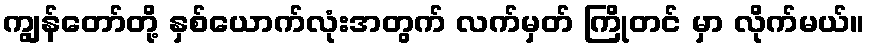
ကျွန်တော်တို့ နှစ်ယောက်လုံးအတွက် လက်မှတ် ကြိုတင် မှာ လိုက်မယ်။